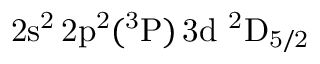
\mathrm { 2 s ^ { 2 } \, 2 p ^ { 2 } ( ^ { 3 } P ) \, 3 d ~ ^ { 2 } D _ { 5 / 2 } }